Report on vaccination in Madras 1895-1903 - 1895-1903
Year: 1895
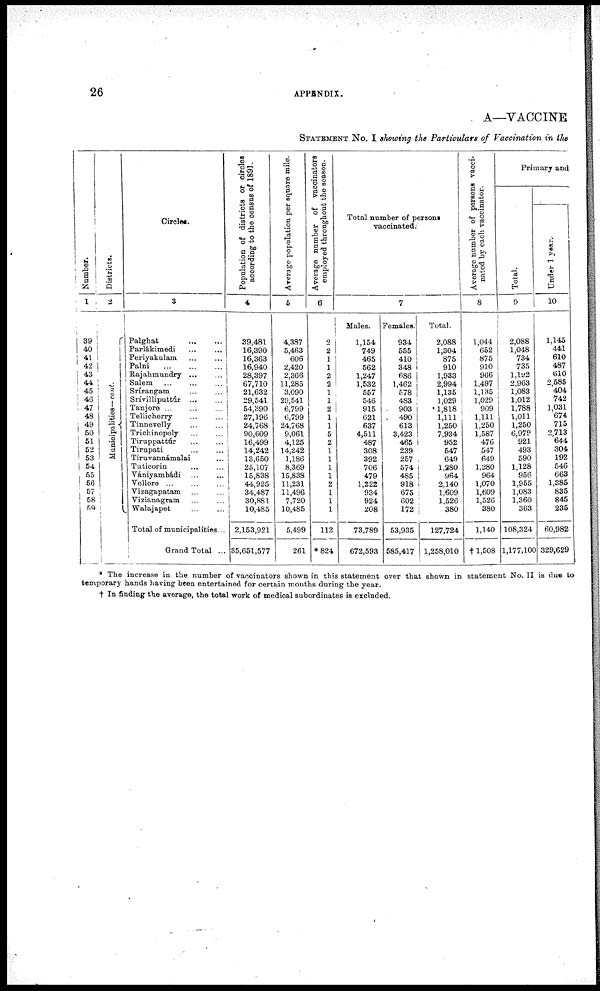
26
APPENDIX.
A—VACCINE
STATEMENT No. I showing the Particulars of Vaccination in the
Number.
1
39
40
41
42
43
44
45
46
47
48
49
50
51
52
53
54
55
56
57
58
59
Districts.
2
Municipalities— cont.
Circles.
3
Palghat...
...
Parlákimedi... ...
Periyakulam... ...
Palni...
...
Rajahmundry... ...
Salem... ...
Srírangam... ...
Srívilliputtúr... ...
Tanjore ... ... ...
Tellicherry... ...
Tinnevelly... ...
Trichinopoly... ...
Tiruppattúr... ...
Tirupati... ...
Tiruvannámalai...
Tuticorin... ...
Vániyambádi... ...
Vellore... ... ...
Vizagapatam... ...
Vizianagram... ...
Walajapet... ...
Total of municipalities...
Grand Total ...
Population of districts or circles
according to the census of 1891.
4
39,481
16,390
16,363
16,940
28,397
67,710
21,632
29,541
54,390
27,196
24,768
90,609
16,499
14,242
13,650
25,107
15,838
44,925
34,487
30,881
10,485
2,153,921
35,651,577
Average population per square mile.
5
4,387
5,463
606
2,420
2,366
11,285
3,090
29,541
6,799
6,799
24,768
9,061
4,125
14,242
1,186
8,369
15,838
11,231
11,496
7,720
10,485
5,499
261
Average number of vaccinators
employed throughout the season.
6
2
2
1
1
2
2
1
1
2
1
1
5
2
1
1
1
1
2
1
1
1
112
*824
Total number of persons
vaccinated.
Males.
1,154
749
465
562
1,247
1,532
557
546
915
621
637
4,511
487
308
392
706
479
1,222
934
924
208
73,789
672,593
7
Females.
934
555
410
348
686
1,462
578
483
903
490
613
3,423
465
239
257
574
485
918
675
602
172
53,935
585,417
Total.
2,088
1,304
875
910
1,933
2,994
1,135
1,029
1,818
1,111
1,250
7,934
952
547
649
1,280
964
2,140
1,609
1,526
380
127,724
1,258,010
Average number of persons vacci-
nated by each vaccinator.
8
1,044
652
875
910
966
1,497
1,135
1,029
909
1,111
1,250
1,587
476
547
649
1,280
964
1,070
1,609
1,526
380
1,140
†1,508
Primary and
Total.
9
2,088
1,048
734
735
1,192
2,963
1,083
1,012
1,788
1,011
1,250
6,979
921
493
590
1,128
956
1,955
1,083
1,360
363
108,324
1,177,100
Under 1 year.
10
1,145
441
610
487
610
2,585
404
742
1,031
674
715
2,713
644
304
192
546
663
1,385
835
845
235
60,982
329,629
* The increase in the number of vaccinators shown in this statement over that shown in statement No. II is due to
temporary hands having been entertained for certain months during the year.
† In finding the average, the total work of medical subordinates is excluded.